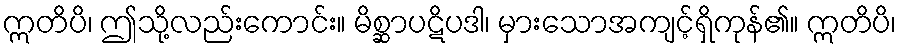
ဣတိပိ၊ ဤသို့လည်းကောင်း။ မိစ္ဆာပဋိပဒါ၊ မှားသောအကျင့်ရှိကုန်၏။ ဣတိပိ၊